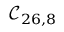
\mathcal { C } _ { 2 6 , 8 }